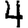
Digit: 4